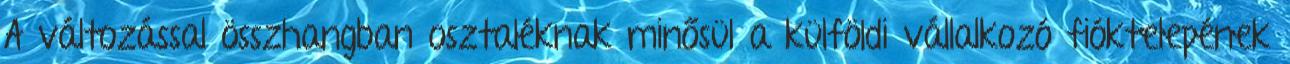
A változással összhangban osztaléknak minősül a külföldi vállalkozó fióktelepének